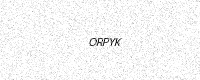
Text: ORPYK